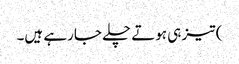
) تیز ہی ہوتے چلے جارہے ہیں۔